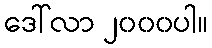
ဒေါ်လာ ၂၀၀၀ပါ။